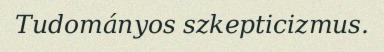
Tudományos szkepticizmus.